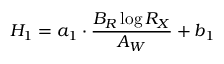
{ H _ { 1 } = a _ { 1 } \cdot \frac { B _ { R } \log { R _ { X } } } { A _ { W } } + b _ { 1 } }